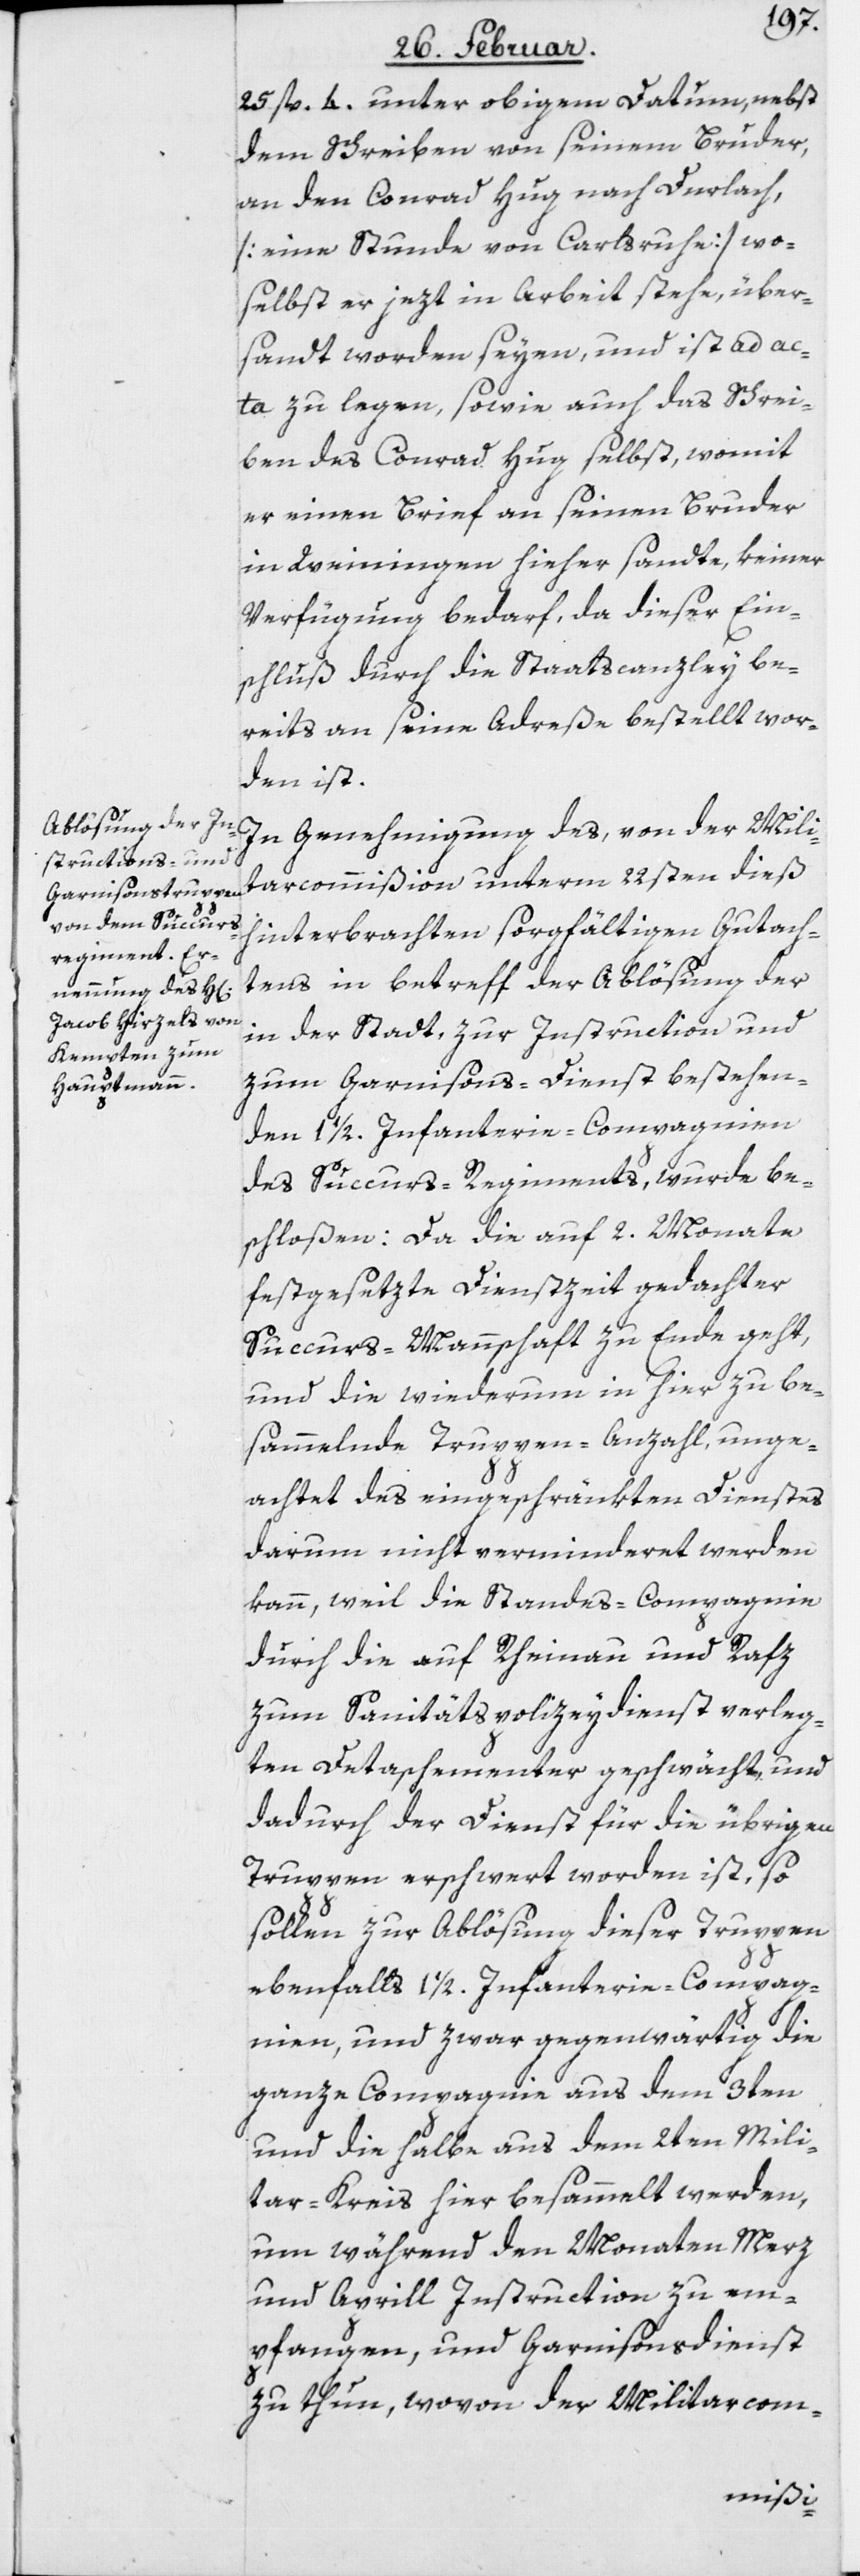
25 fl. 4. unter obigem Datum, nebst
dem Schreiben von seinem Bruder,
an den Conrad Hug nach Durlach,
[eine Stunde von Carlsruhe] wo¬
selbst er jezt in Arbeit stehe, über¬
sandt worden seyen, und ist ad ac¬
ta zu legen, sowie auch das Schrei¬
ben des Conrad Hug selbst, womit
er einen Brief an seinen Bruder
in Weiningen hieher sandte, keiner
Verfügung bedarf, da dieser Ein¬
schluß durch die Staatscanzley be¬
reits an seine Adreße bestellt wor¬
den ist.
In Genehmigung des, von der Mili¬
tarcommißion unterm 22sten dieß
hinterbrachten sorgfältigen Gutach¬
tens in betreff der Ablösung der
in der Stadt, zur Instruction und
zum Garnisons-Dienst bestehen¬
den 1 1/2. Infanterie-Compagnien
des Succurs-Regiments, wurde be¬
schloßen: Da die auf 2. Monate
festgesetzte Dienstzeit gedachter
Succurs-Mannschaft zu Ende geht,
und die wiederum in hier zu be¬
sammelnde Truppen-Anzahl, unge¬
achtet des eingeschränkten Dienstes
darum nicht verminderet werden
kann, weil die Standes-Compagnie
durch die auf Rheinau und Rafz
zum Sanitätspolizeydienst verleg¬
ten Detaschementer geschwächt, und
dadurch der Dienst für die übrigen
Truppen erschwert worden ist, so
sollen zur Ablösung dieser Truppen
ebenfalls 1 1/2. Infanterie-Compag¬
nien, und zwar gegenwärtig die
ganze Compagnie aus dem 3ten
und die halbe aus dem 2ten Mili¬
tar-Kreis hier besammelt werden,
um während den Monaten Merz
und Aprill Instruction zu em¬
pfangen, und Garnisonsdienst
zu thun, wovon der Militarcom-